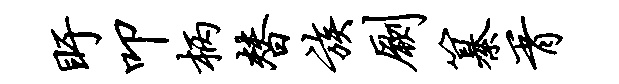
盱叩柄替族劂纂胥